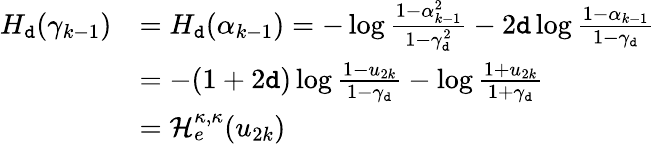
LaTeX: \begin{array}{rl}{H_{\tt d}(\gamma_{k-1})}&{=H_{\tt d}(\alpha_{k-1})=-\log\frac{1-\alpha_{k-1}^{2}}{1-\gamma_{\tt d}^{2}}-2{\tt d}\log\frac{1-\alpha_{k-1}}{1-\gamma_{\tt d}}}\\ &{=-(1+2{\tt d})\log\frac{1-u_{2k}}{1-\gamma_{\tt d}}-\log\frac{1+u_{2k}}{1+\gamma_{\tt d}}}\\ &{=\mathcal H_{e}^{\kappa,\kappa}(u_{2k})}\end{array}